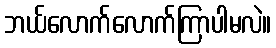
ဘယ်လောက်လောက်ကြာပါမလဲ။